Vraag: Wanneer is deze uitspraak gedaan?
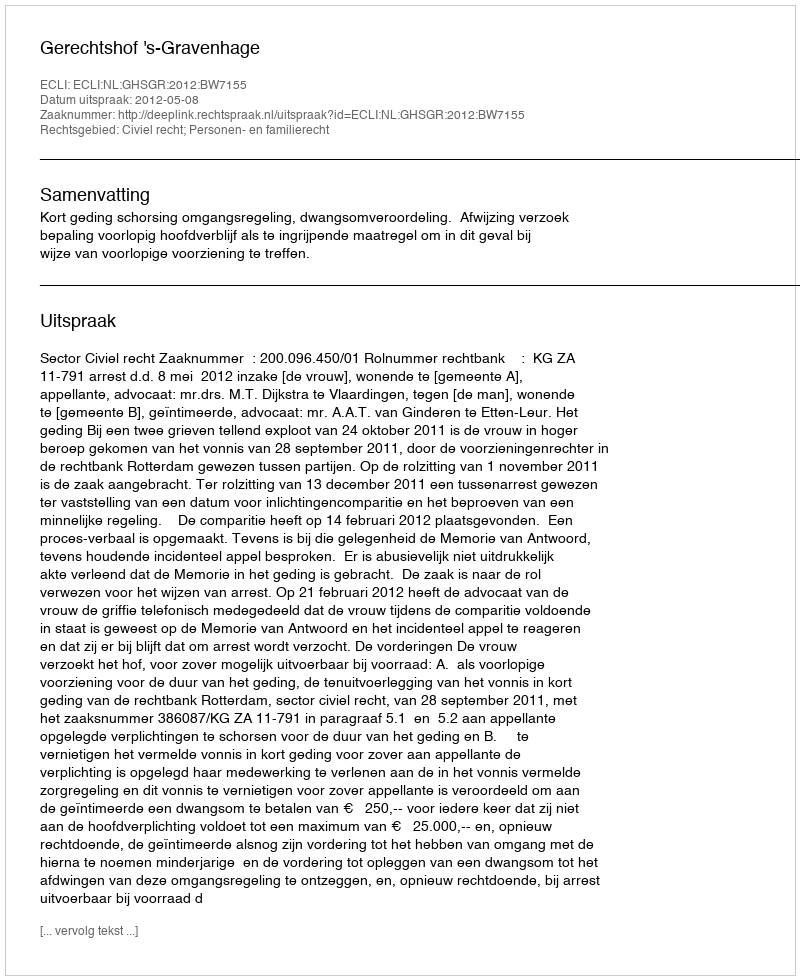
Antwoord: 2012-05-08